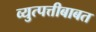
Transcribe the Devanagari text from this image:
व्युत्पत्तीबाबत